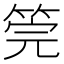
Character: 筦